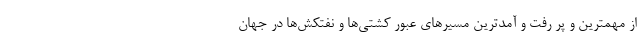
از مهمترین و پر رفت و آمدترین مسیرهای عبور کشتی‌ها و نفتکش‌ها در جهان